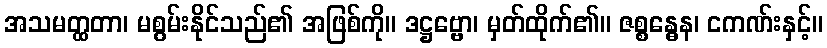
အသမတ္ထတာ၊ မစွမ်းနိုင်သည်၏ အဖြစ်ကို။ ဒဋ္ဌဗ္ဗော၊ မှတ်ထိုက်၏။ ဇစ္စန္ဓေန၊ ငကဏ်းနှင့်။